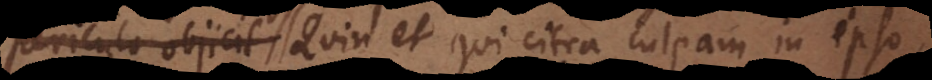
periculo objicit. Quin et qui citra culpam in ipso